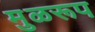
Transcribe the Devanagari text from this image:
मुळरूप